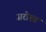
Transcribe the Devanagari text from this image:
जरोरत